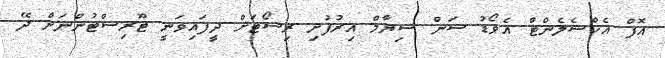
އޮފް އެކްސެލެންޓް އެވޯޑު ސަން ސިޔާމް އިރުފުށި ރިސޯޓަށް ދީފައިވަނީ ޓޫރިސްޓުންނަށް ދޭ